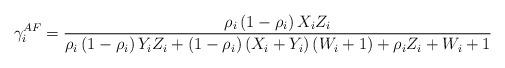
LaTeX: \begin{align*}\gamma _i^{AF} = \frac{{{\rho _i}\left( {1 - {\rho _i}} \right){X_i}{Z_i}}}{{{\rho _i}\left( {1 - {\rho _i}} \right){Y_i}{Z_i} + \left( {1 - {\rho _i}} \right)\left( {{X_i} + {Y_i}} \right)\left( {{W_i} + 1} \right) + {\rho _i}{Z_i} + {W_i} + 1}}\end{align*}